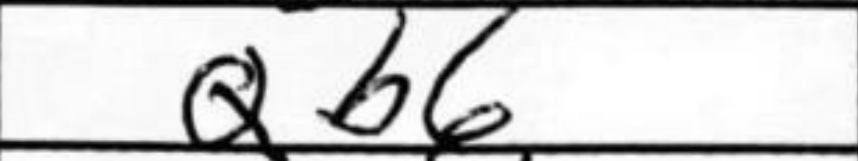
Transcription: Qb6